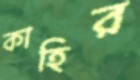
কাহির